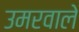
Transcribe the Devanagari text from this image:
उमरवाले